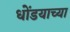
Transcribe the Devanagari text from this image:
धोंडयाच्या